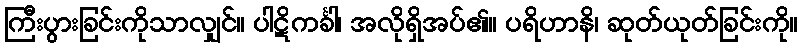
ကြီးပွားခြင်းကိုသာလျှင်။ ပါဋိကင်္ခါ၊ အလိုရှိအပ်၏။ ပရိဟာနိ၊ ဆုတ်ယုတ်ခြင်းကို။